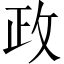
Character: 政